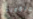
ماكويد